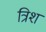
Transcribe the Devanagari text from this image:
त्रिश